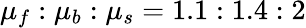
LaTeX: \mu_{f}:\mu_{b}:\mu_{s}=1.1:1.4:2